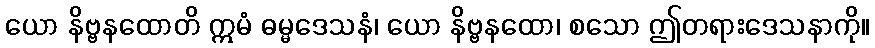
ယော နိဗ္ဗနထောတိ ဣမံ ဓမ္မဒေသနံ၊ ယော နိဗ္ဗနထော၊ စသော ဤတရားဒေသနာကို။